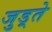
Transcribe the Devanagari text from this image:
जुड़्ते